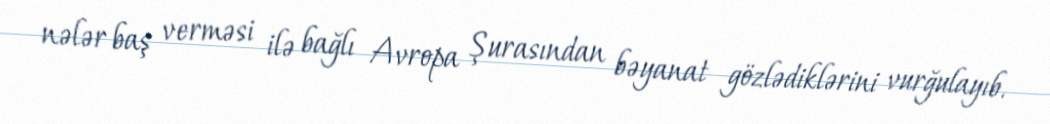
nələr baş verməsi ilə bağlı Avropa Şurasından bəyanat gözlədiklərini vurğulayıb.